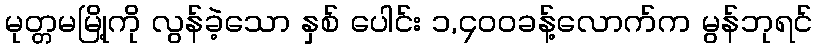
မုတ္တမမြို့ကို လွန်ခဲ့သော နှစ် ပေါင်း ၁,၄၀၀ခန့်လောက်က မွန်ဘုရင်